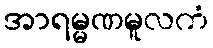
အာရမ္မဏမူလကံ